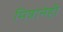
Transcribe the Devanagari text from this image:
मित्रानेही